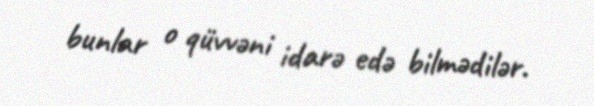
bunlar o qüvvəni idarə edə bilmədilər.